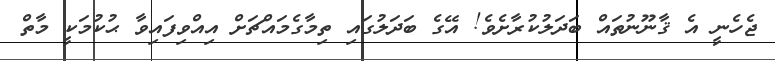
ޖެހެނީ އެ ޤާނޫނުތައް ބަދަލުކުރާށެވެ! އޭގެ ބަދަލުގައި ތިމާގެމައްޗަށް އިއްވިފައިވާ ޙުކުމަކީ މާތް